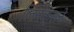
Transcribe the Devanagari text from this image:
लिनक्सने